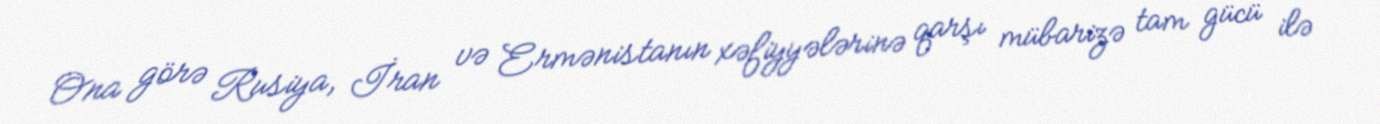
Ona görə Rusiya, İran və Ermənistanın xəfiyyələrinə qarşı mübarizə tam gücü ilə